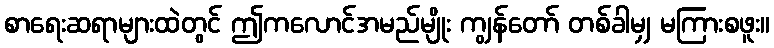
စာရေးဆရာများထဲတွင် ဤကလောင်အမည်မျိုး ကျွန်တော် တစ်ခါမျှ မကြားစဖူး။